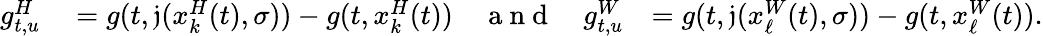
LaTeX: \begin{array}{rlr}{g_{t,u}^{H}}&{{}=g(t,\mathfrak{j}(x_{k}^{H}(t),\sigma))-g(t,x_{k}^{H}(t))\quad\mathrm{~a~n~d~}\quad g_{t,u}^{W}}&{=g(t,\mathfrak{j}(x_{\ell}^{W}(t),\sigma))-g(t,x_{\ell}^{W}(t)).}\end{array}